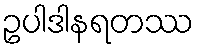
ဥပါဒါနရတဿ